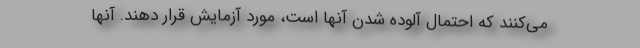
می‌کنند که احتمال آلوده شدن آنها است، مورد آزمایش قرار دهند. آنها